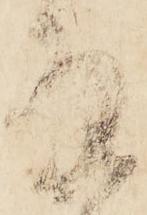
拝